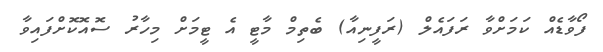
ފޯވާޑެއް ކަމަށްވާ ރަފައެލް (ރަފީނިއާ) ބެތިމް މާޓީ އެ ޓީމަށް މިހާރު ސޮއޮކޮށްފައިވާ